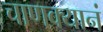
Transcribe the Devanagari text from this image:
चाणक्यानं